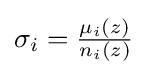
\sigma _{i}={\tfrac {\mu _{i}(z)}{n_{i}(z)}}